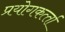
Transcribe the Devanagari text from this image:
प्रयोगकर्त्‍ता